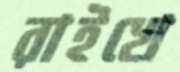
রাইখে